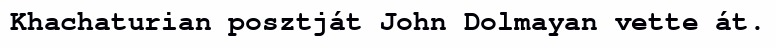
Khachaturian posztját John Dolmayan vette át.